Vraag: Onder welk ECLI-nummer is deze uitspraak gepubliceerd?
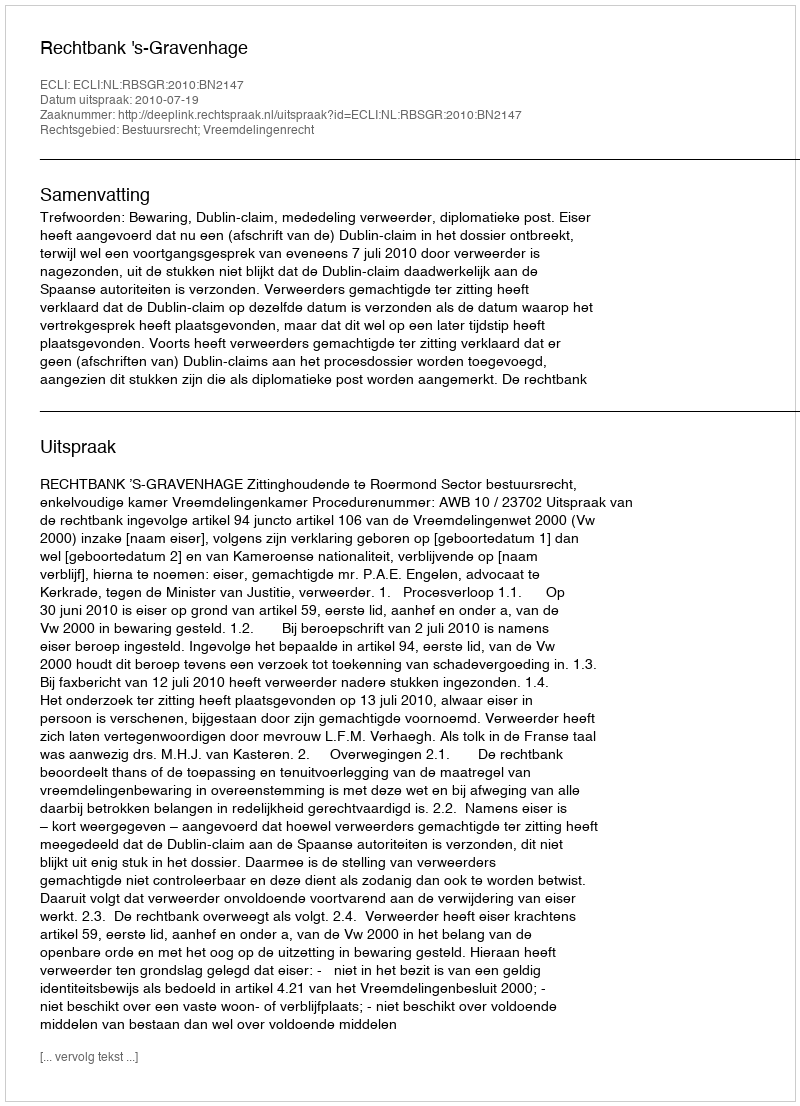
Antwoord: ECLI:NL:RBSGR:2010:BN2147